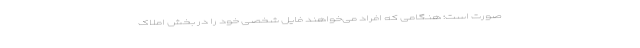
صورت است؛ هنگامی که افراد می‌خواهند فایل شخصی خود را در بخش املاک